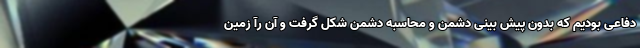
دفاعی بودیم که بدون پیش بینی دشمن و محاسبه دشمن شکل گرفت و آن رآ زمین